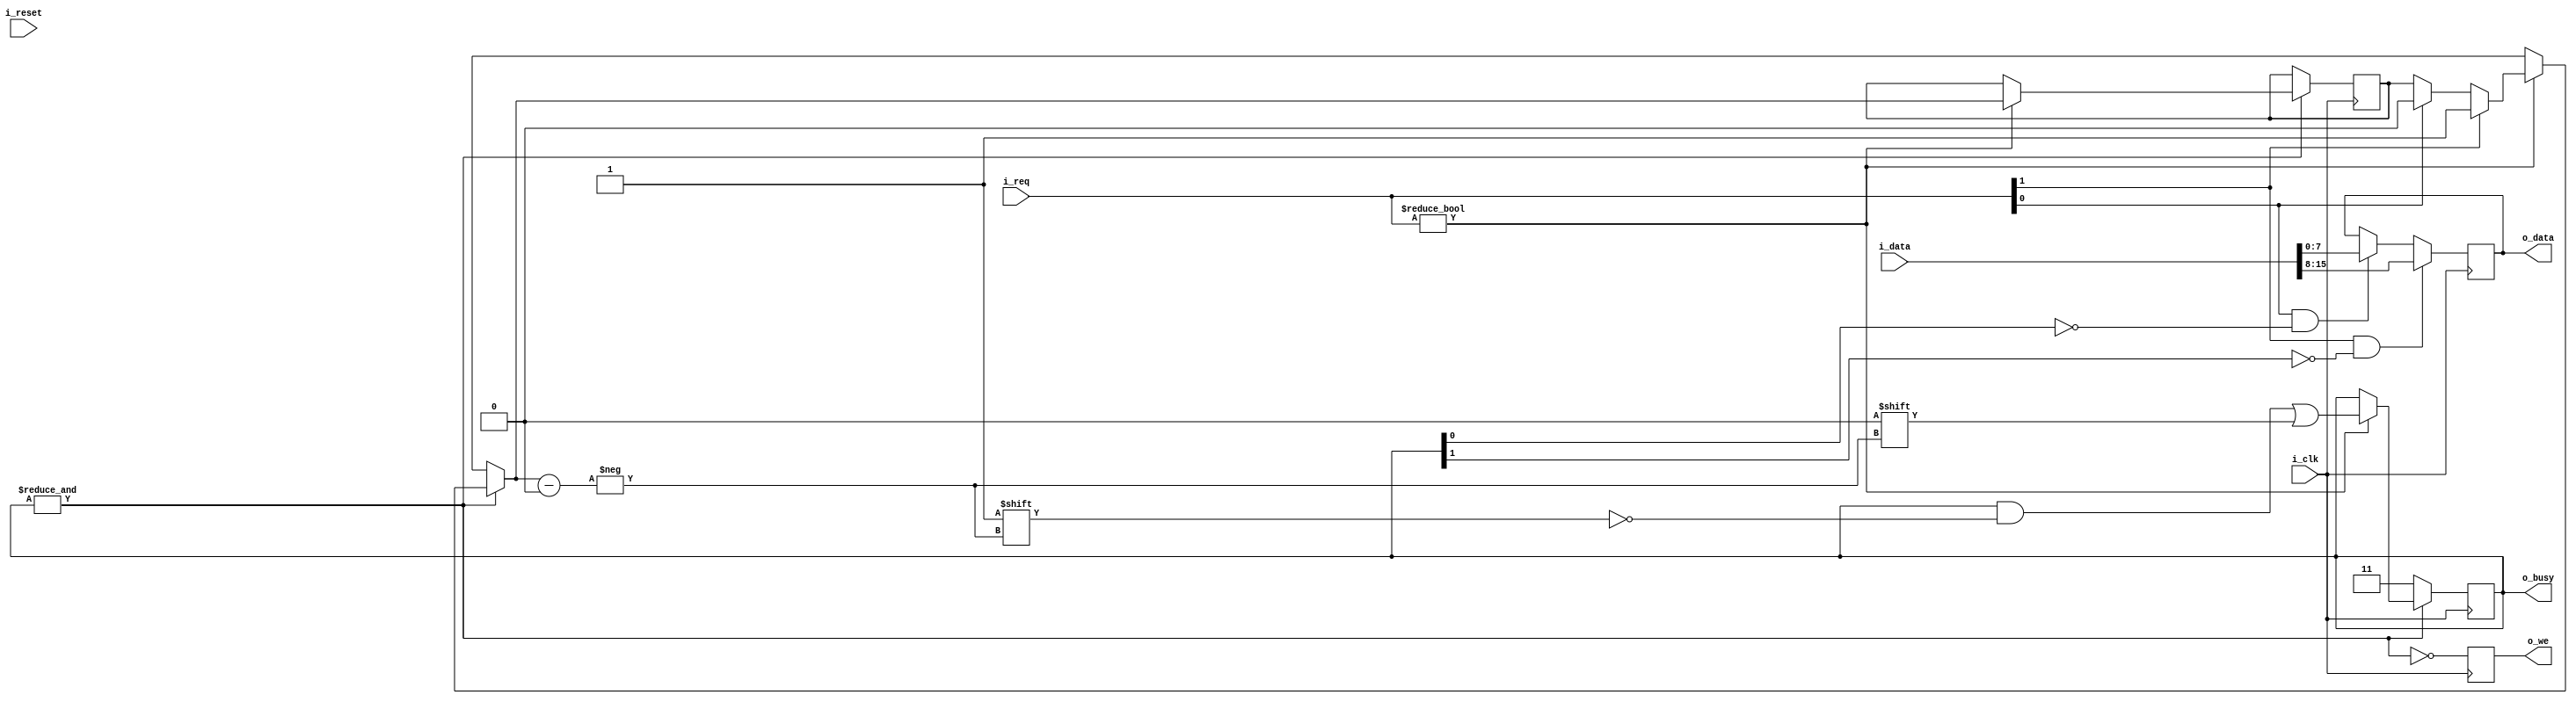
module arbiter
#(
    parameter       NUM_WRITERS = 2,
    parameter       DATA_W      = 8
)
(
    input                           i_clk,
    input                           i_reset,

    input [NUM_WRITERS*DATA_W-1:0]  i_data,     // input data for all the writers
    input [NUM_WRITERS-1:0]         i_req,      // write request from Writer module
    output reg [NUM_WRITERS-1:0]    o_busy,     // busy line, Writer must keep data
    output reg [DATA_W-1:0]         o_data,

    output reg                      o_we        // write to FIFO
);
    
    initial begin
        o_busy = {NUM_WRITERS{1'b1}};
        next_access = 0;
    end

    reg [$clog2(NUM_WRITERS)-1:0] next_access = 0;

    integer i;
    always @(posedge i_clk) begin
        for(i=0;i<NUM_WRITERS;i=i+1)
            if(i_req[i] && !o_busy[i])
                o_data <= i_data[i*DATA_W +: DATA_W];

        o_we <= !(&o_busy);
    end

    // bus arbiter
    always @(posedge i_clk) begin
        if(&o_busy) begin
            if(i_req) begin
                for(i=0;i<NUM_WRITERS;i=i+1)
                    if(i_req[i])
                        next_access = i;
                o_busy[next_access] <= 0;
            end
        end else
            o_busy <= {NUM_WRITERS{1'b1}};
    end

    `ifdef FORMAL
        // create the writer modules
        generate
            genvar j;
            for(j=0;j<NUM_WRITERS;j=j+1)
                writer #(.COUNTER_MAX(3+j), .DATA_W(DATA_W)) writer_inst (.i_clk(i_clk), .i_reset(i_reset), .i_busy(o_busy[j]), .o_req(i_req[j]), .o_data(i_data[j*DATA_W+DATA_W-1:j*DATA_W]));
        endgenerate

        reg [3:0] records;
        reg o_re = 0; // never read from the fifo
        fifo fifo_inst(.clk(i_clk), .reset(i_reset), .re(o_re), .we(o_we), .wdata(o_data), .records(records));
        
        // past valid signal
        reg f_past_valid = 0;
        always @(posedge i_clk)
            f_past_valid <= 1'b1;

        // start in i_reset
        initial restrict(i_reset);
        initial assert(o_busy == {NUM_WRITERS{1'b1}});

        // count busy lines
        reg [$clog2(NUM_WRITERS):0] busy_lines;  //initialize count variable.
        always @(*) begin
            busy_lines = 0;
            for(i=0;i<NUM_WRITERS;i=i+1)
                if(o_busy[i] == 1'b1)
                    busy_lines = busy_lines + 1;
        end

        // count request lines
        reg [$clog2(NUM_WRITERS):0] req_lines;  //initialize count variable.
        always @(*) begin
            req_lines = 0;
            for(i=0;i<NUM_WRITERS;i=i+1)
                if(i_req[i] == 1'b1)
                    req_lines = req_lines + 1;
        end
        
        // assert that only one writer gets access at once
        always @(posedge i_clk)
            assert(busy_lines >= NUM_WRITERS -1);

        // assert that nothing requesting, all lines are busy
        always @(posedge i_clk)
            if(f_past_valid)
                if($past(!i_reset) && req_lines == 0)
                    assert(&o_busy);

        // assert that if nothing requesting, when req recieved, get access next clock
        always @(posedge i_clk)
            if(f_past_valid)
                for(i=0;i<NUM_WRITERS;i=i+1)
                    if($past(!i_reset) && !i_reset && &o_busy && $past(i_req[i]) && $past(req_lines == 1))
                        assert(!$past(o_busy[i]));

        // assert that o_we goes high when write is requested
        always @(posedge i_clk)
            if(f_past_valid)
                if($past(!i_reset) && $past(busy_lines == 1))
                    assert(o_we);

        // assert that once o_we is high, data out is stable
        always @(posedge i_clk)
            if(f_past_valid)
                if($past(o_we))
                    assert($stable(o_data));

        // assume writers don't drop request line until getting access
        /*
        always @(posedge i_clk)
            if(f_past_valid) begin
                for(i=0;i<NUM_WRITERS;i=i+1) begin
                    if($past(o_busy[i]))
                        assume($stable(i_req[i]));
                end
            end
        */

        // cover the case when all writers are requesting at once
        always @(posedge i_clk)
            if(f_past_valid)
                cover($past(!i_reset) && &i_req);

        always @(posedge i_clk)
            cover(records == 4);
    `endif
endmodule